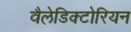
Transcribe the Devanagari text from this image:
वैलेडिक्टोरियन